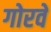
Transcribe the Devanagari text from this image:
गोरवे